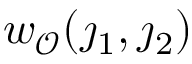
w _ { \mathscr { O } } ( \j _ { 1 } , \j _ { 2 } )